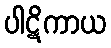
ပါဋိကာယ